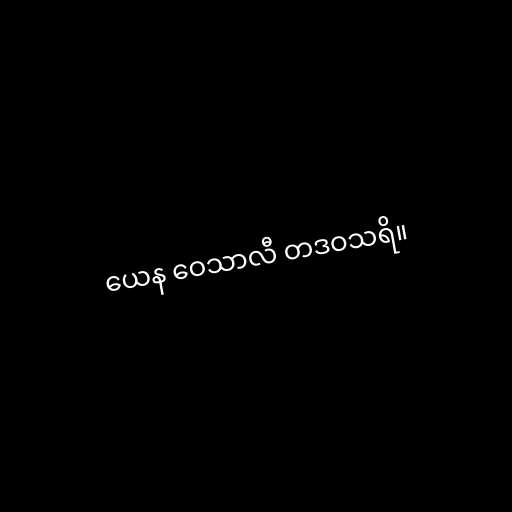
ယေန ဝေသာလီ တဒဝသရိ။